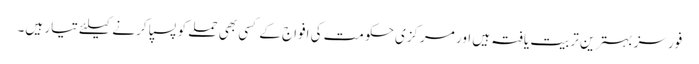
فورسز بہترین تربیت یافتہ ہیں اور مرکزی حکومت کی افواج کے کسی بھی حملے کو پسپا کرنے کیلئے تیار ہیں۔